Scottish Leaving Certificate Examination, 1961
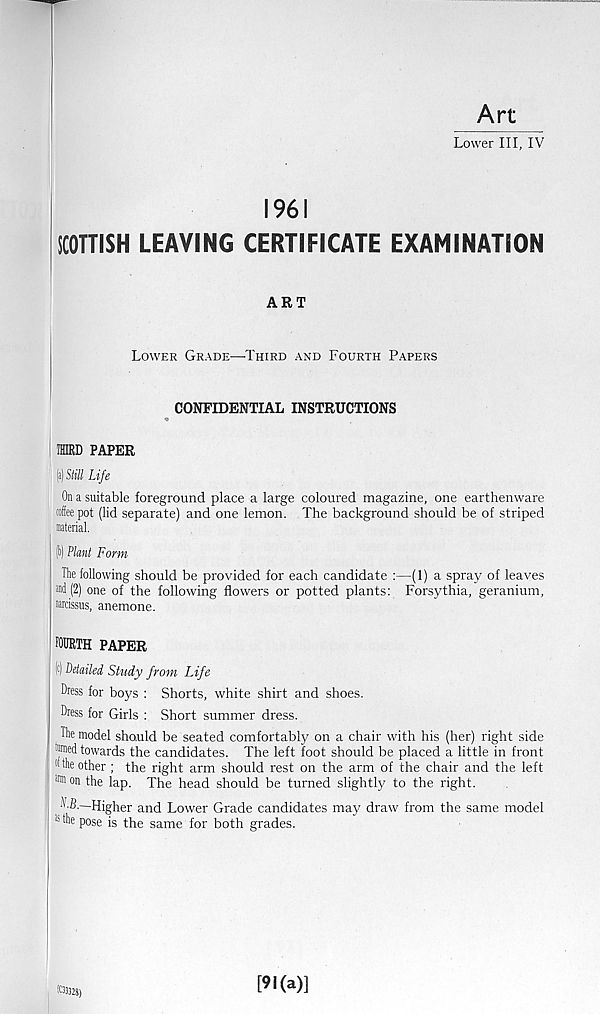
Art
Lower III, IV
1961
SCOTTISH LEAVING CERTIFICATE EXAMINATION
ART
Lower Grade—Third and Fourth Papers
CONFIDENTIAL INSTRUCTIONS
IHIRD PAPER
(a) Still Life
On a suitable foreground place a large coloured magazine, one earthenware
coffee pot (lid separate) and one lemon. The background should be of striped
material.
(b) Plant Form
The following should be provided for each candidate :—(1) a spray of leaves
«1(2) one of the following flowers or potted plants: Forsythia, geranium,
narcissus, anemone.
FOURTH PAPER
(c) Detailed Study from Life
Dress for boys : Shorts, white shirt and shoes.
Dress for Girls : Short summer dress.
The model should be seated comfortably on a chair with his (her) right side
mmed towards the candidates. The left foot should be placed a little in front
«the other ; the right arm should rest on the arm of the chair and the left
the lap. The head should be turned slightly to the right.
LB.—-Higher and Lower Grade candidates may draw from the same model
Js the pose is the same for both grades.
101328)
[91(a)]